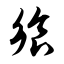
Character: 飨